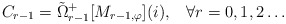
\begin{align*}C_{r - 1} = \tilde{\Omega}_{r - 1}^{+}[M_{r - 1,\varphi}](i), \;\;\; \forall r = 0, 1, 2 \ldots\end{align*}